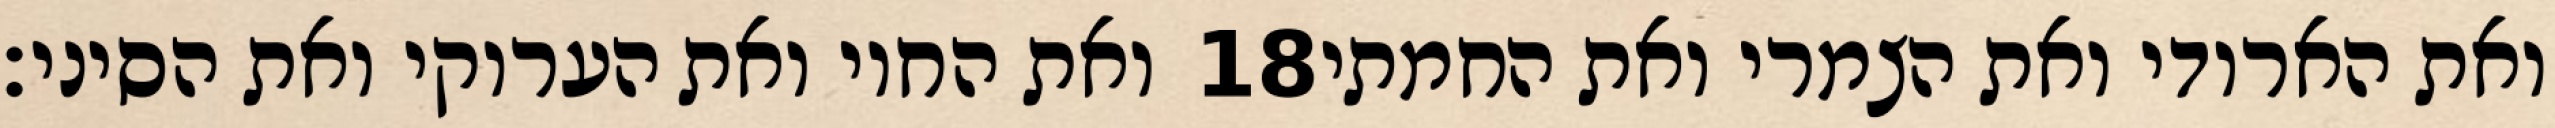
ואת החוי ואת הערוקי ואת הסיני׃ ‎18‏ ואת הארודי ואת הצמרי ואת החמתי